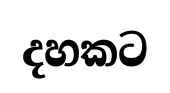
දහකට